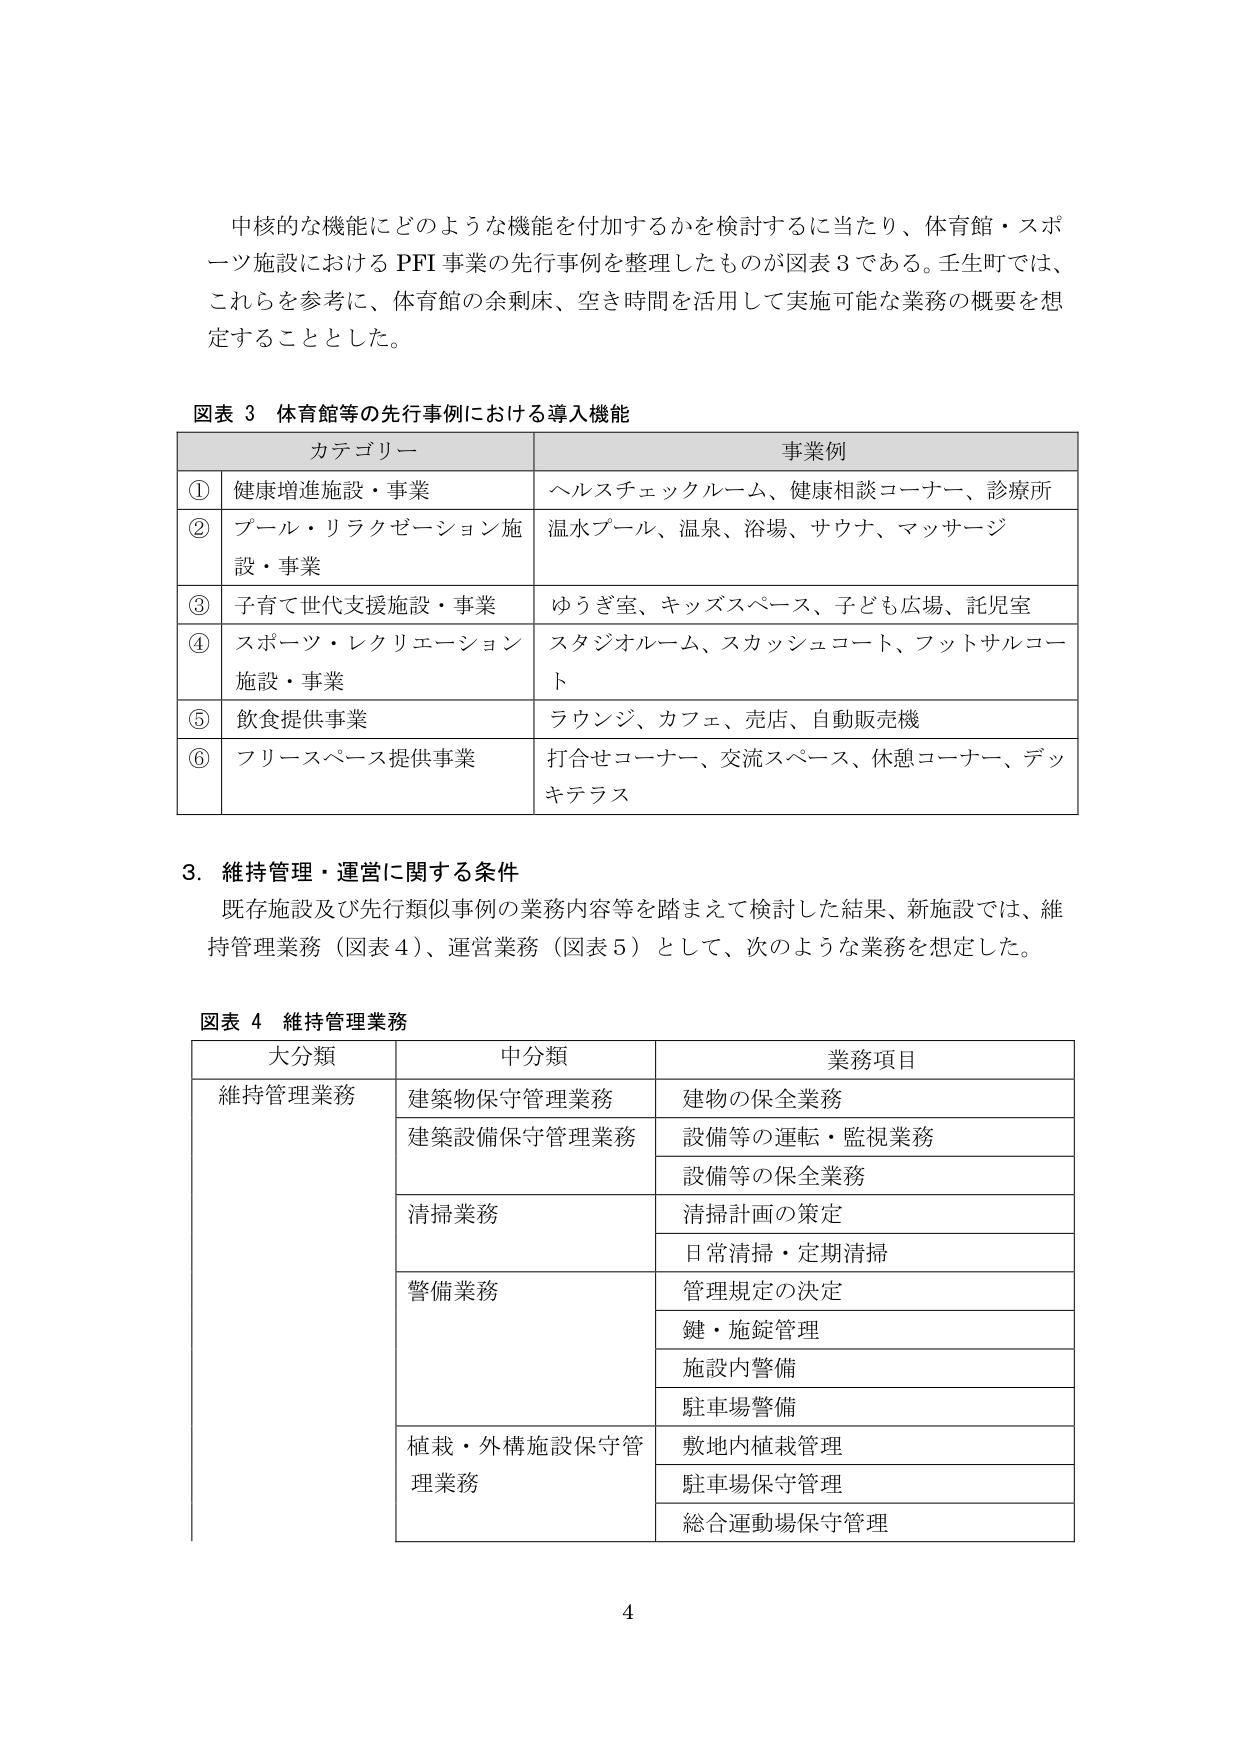
中核的な機能にどのような機能を付加するかを検討するに当たり、体育館・スポーツ施設におけるPFI事業の先行事例を整理したものが図表3である。壬生町では、これらを参考に、体育館の余剰床、空き時間を活用して実施可能な業務の概要を想定することとした。

図表3 体育館等の先行事例における導入機能
カテゴリーチ
① 健康増進施設・事業 ヘルスチェックルーム、健康相談コーナー、診療所
② プール・リラクゼーション施設・事業 温水プール、温泉、浴場、サウナ、マッサージ
③ 子育て世代支援施設・事業 ゆうぎ室、キッズスペース、子ども広場、託児室
④ スポーツ・レクリエーション施設・事業 スタジオルーム、スカッシュコート、フットサルコート
⑤ 飲食提供事業 ラウンジ、カフェ、売店、自動販売機
⑥ フリースペース提供事業 打合せコーナー、交流スペース、休憩コーナー、デッキテラス

3. 維持管理・運営に関する条件
既存施設及び先行類似事例の業務内容等を踏まえて検討した結果、新施設では、維持管理業務（図表4）、運営業務（図表5）として、次のような業務を想定した。

図表4 維持管理業務
大分類 中分類 業務項目
維持管理業務 建築物保守管理業務 建物の保全業務
建築設備保守管理業務 設備等の運転・監視業務
設備等の保全業務
清掃業務 清掃計画の策定
日常清掃・定期清掃
警備業務 管理規定の決定
鍵・施錠管理
施設内警備
駐車場警備
植栽・外構施設保守管理業務 敷地内植栽管理
駐車場保守管理
総合運動場保守管理

4